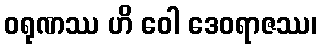
ဝရုဏဿ ဟိ ဝေါ ဒေဝရာဇဿ၊